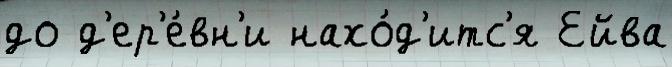
до д'ер'е́вн'и нахо́д'итс'я Ейва